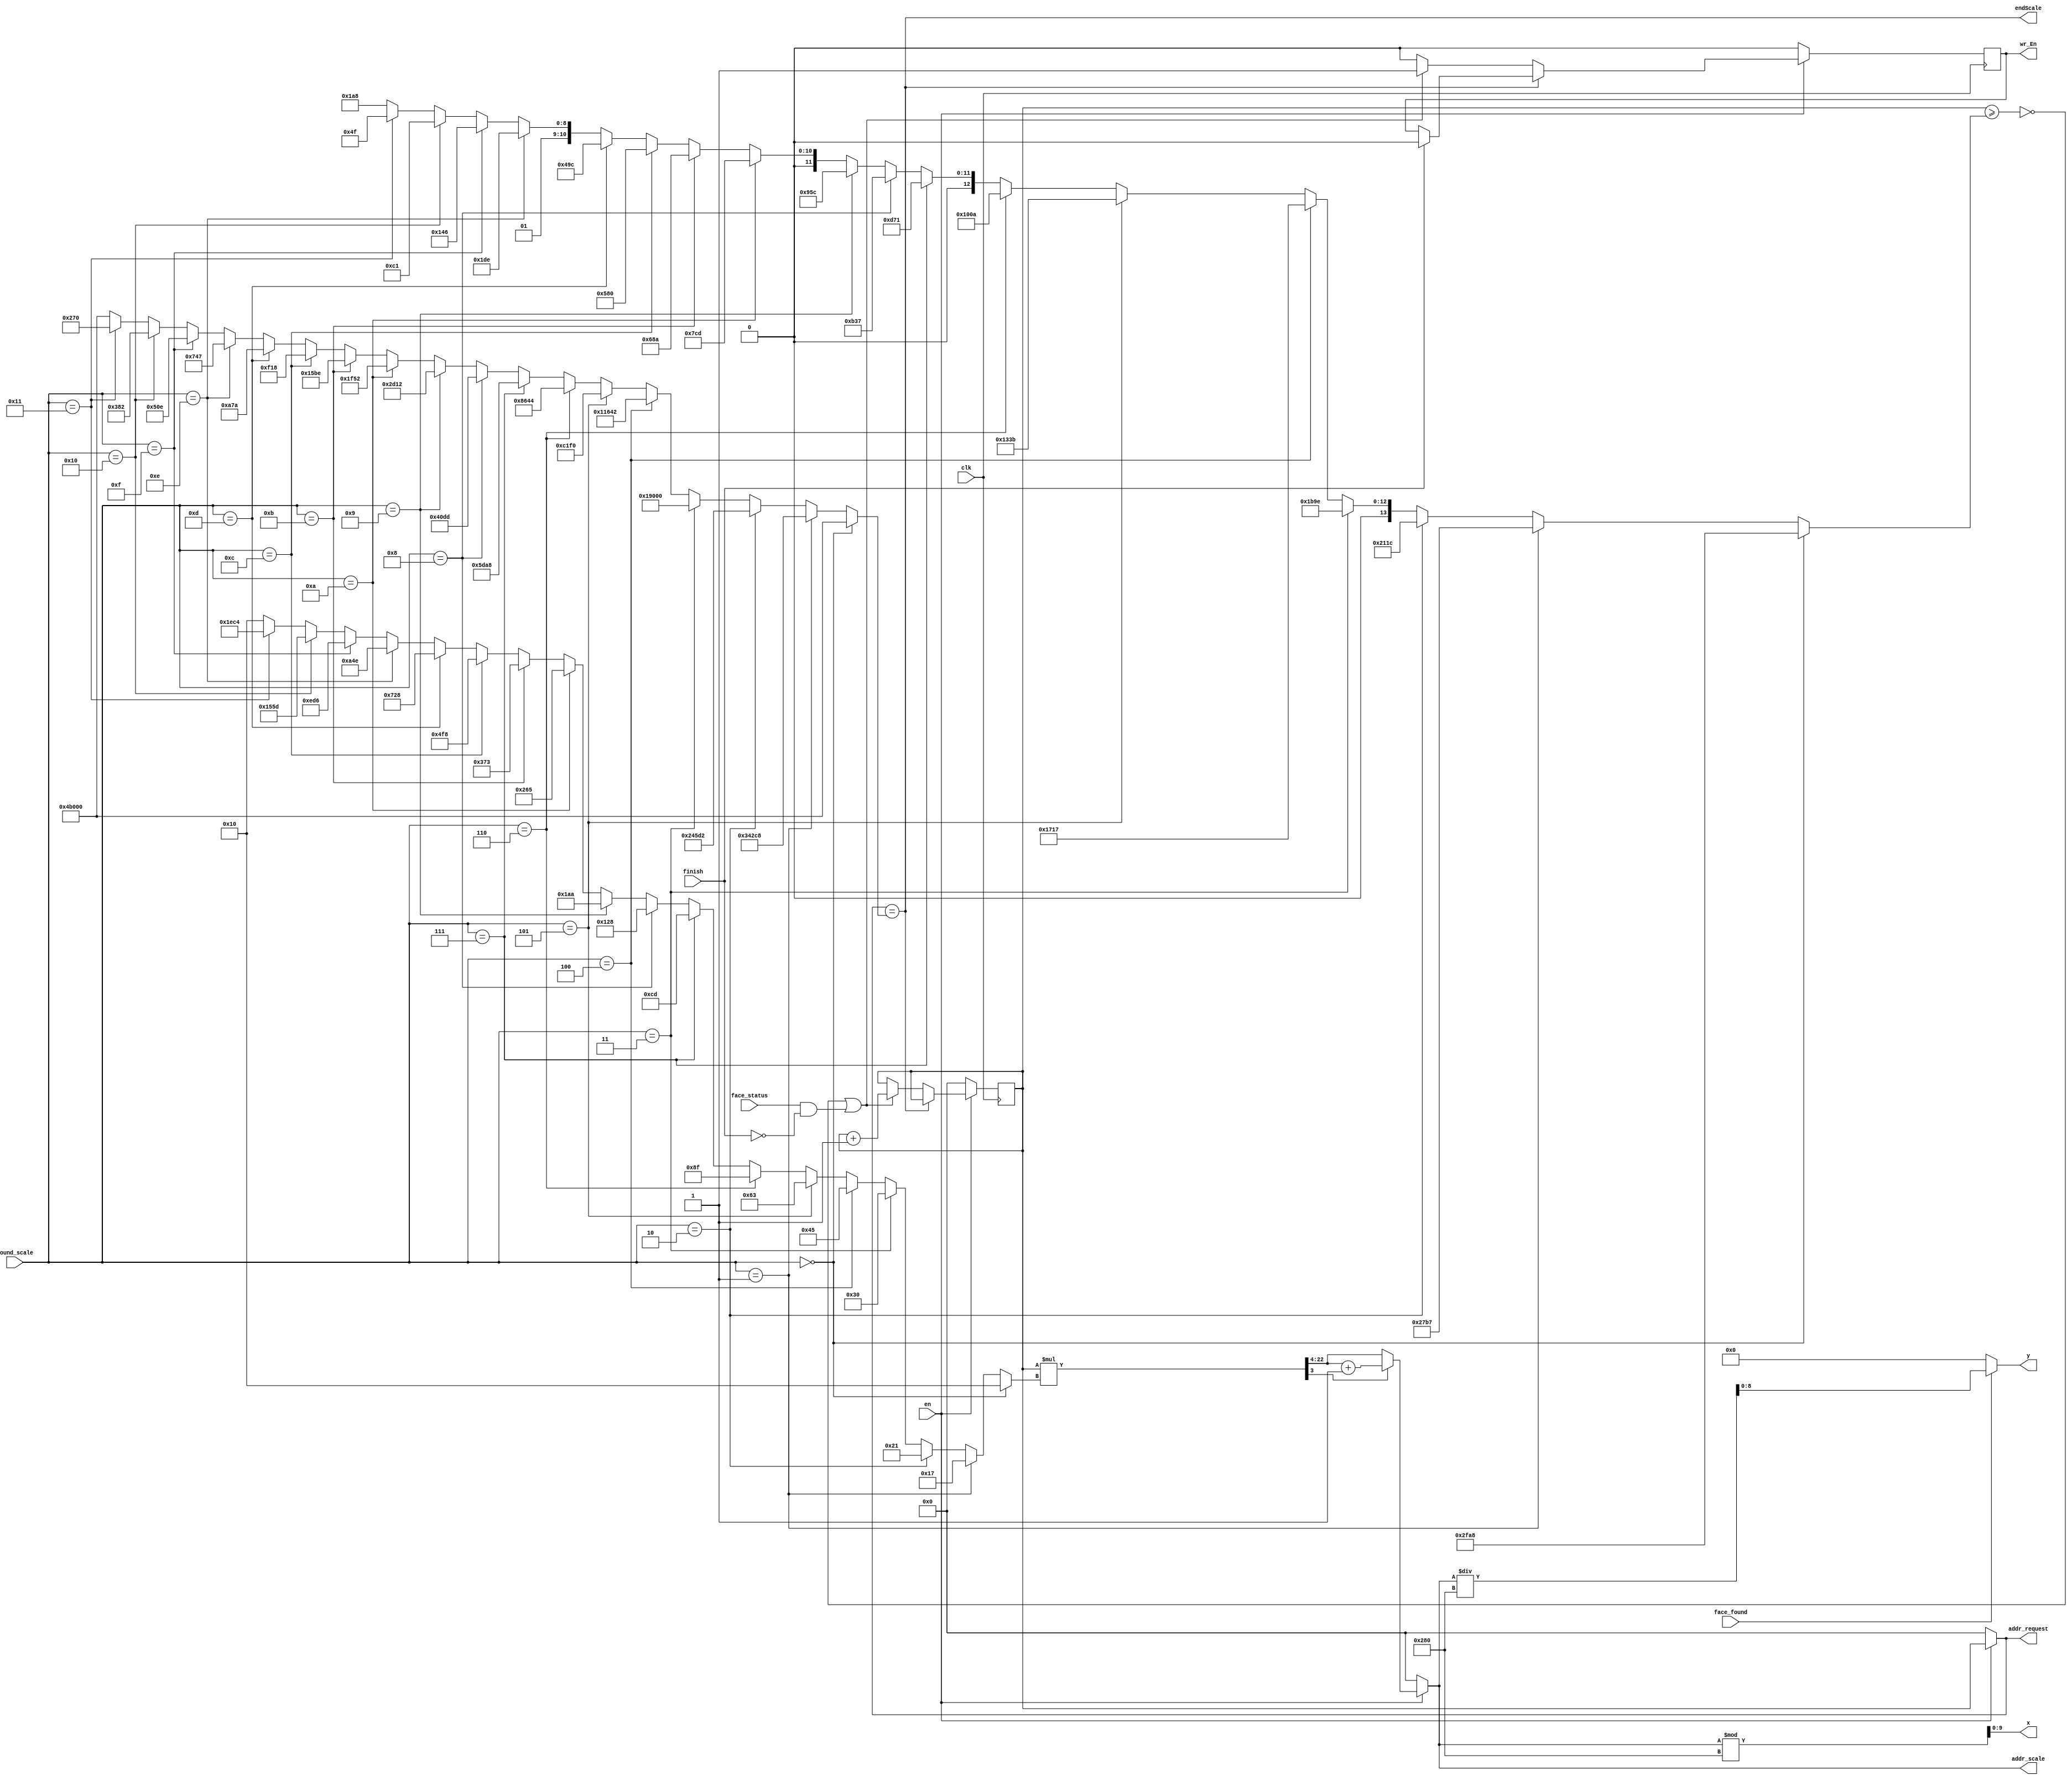
module ImageScaler(
  clk,
  en,
  finish,
  round_scale,
  face_found,
  face_status,
  addr_request,
  addr_scale,
  endScale,
  x,
  y,
  wr_En
);
  input   clk;
  input   en;
  input   finish;
  input   [4:0]  round_scale;
  input   face_found;
  input   face_status;
  output  [18:0] addr_request;
  output  [18:0] addr_scale;
  output  endScale;
  output  [9:0 ]x;
  output  [8:0] y;
  output reg wr_En;
  
  wire  [12:0] scale_factor;
  wire  limit;
  wire  [18:0] limit_addr_request;
  wire  [13:0] L;
  wire  buffer_full;
  
  assign limit = (addr_request==limit_addr_request);
  assign endScale = limit;
  assign scale_factor = (round_scale==5'd0)?  13'd16:        //1.2^0
                        (round_scale==5'd1)?  13'd23:        //1.2^1
                        (round_scale==5'd2)?  13'd33:        //1.2^2
                        (round_scale==5'd3)?  13'd48:        //1.2^3
                        (round_scale==5'd4)?  13'd69:        //1.2^4
                        (round_scale==5'd5)?  13'd99:        //1.2^5
                        (round_scale==5'd6)?  13'd143:        //1.2^6
                        (round_scale==5'd7)?  13'd205:        //1.2^7
                        (round_scale==5'd8)?  13'd296:        //1.2^8
                        (round_scale==5'd9)?  13'd426:        //1.2^9
                        (round_scale==5'd10)? 13'd613:        //1.2^10
                        (round_scale==5'd11)? 13'd883:       //1.2^11
                        (round_scale==5'd12)? 13'd1272:       //1.2^12
                        (round_scale==5'd13)? 13'd1832:       //1.2^13
                        (round_scale==5'd14)? 13'd2638:       //1.2^14
                        (round_scale==5'd15)? 13'd3798:       //1.2^15
                        (round_scale==5'd16)? 13'd5469:       //1.2^16
                        (round_scale==5'd17)? 13'd7876:13'd16; //1.2^17
              

  assign limit_addr_request = (round_scale==5'd0)?  19'd307200:         //1.2^0
                              (round_scale==5'd1)?  19'd213704:         //1.2^1
                              (round_scale==5'd2)?  19'd148946:         //1.2^2
                              (round_scale==5'd3)?  19'd102400:         //1.2^3
                              (round_scale==5'd4)?  19'd71234:          //1.2^4
                              (round_scale==5'd5)?  19'd49648:          //1.2^5
                              (round_scale==5'd6)?  19'd34372:          //1.2^6
                              (round_scale==5'd7)?  19'd23976:          //1.2^7
                              (round_scale==5'd8)?  19'd16605:          //1.2^8
                              (round_scale==5'd9)? 19'd11538:           //1.2^9
                              (round_scale==5'd10)? 19'd8018:           //1.2^10
                              (round_scale==5'd11)? 19'd5566:           //1.2^11
                              (round_scale==5'd12)? 19'd3864:           //1.2^12
                              (round_scale==5'd13)? 19'd2682:           //1.2^13
                              (round_scale==5'd14)? 19'd1863:           //1.2^14
                              (round_scale==5'd15)? 19'd1294:           //1.2^15
                              (round_scale==5'd16)? 19'd898:            //1.2^16
                              (round_scale==5'd17)? 19'd624:19'd307200; //1.2^17
  
  assign L                  = (round_scale==5'd0)?  14'd12200:         //1.2^0
                              (round_scale==5'd1)?  14'd10167:         //1.2^1
                              (round_scale==5'd2)?  14'd8476:         //1.2^2
                              (round_scale==5'd3)?  14'd7070:         //1.2^3
                              (round_scale==5'd4)?  14'd5911:          //1.2^4
                              (round_scale==5'd5)?  14'd4923:          //1.2^5
                              (round_scale==5'd6)?  14'd4106:          //1.2^6
                              (round_scale==5'd7)?  14'd3441:          //1.2^7
                              (round_scale==5'd8)?  14'd2871:          //1.2^8
                              (round_scale==5'd9)?  14'd2396:           //1.2^9
                              (round_scale==5'd10)? 14'd1997:           //1.2^10
                              (round_scale==5'd11)? 14'd1674:           //1.2^11
                              (round_scale==5'd12)? 14'd1408:           //1.2^12
                              (round_scale==5'd13)? 14'd1180:           //1.2^13
                              (round_scale==5'd14)? 14'd990:           //1.2^14
                              (round_scale==5'd15)? 14'd838:           //1.2^15
                              (round_scale==5'd16)? 14'd705:            //1.2^16
                              (round_scale==5'd17)? 14'd591:10'd12200; //1.2^17
 

                  
  wire [27:0] temp_mult;
  wire [18:0] temp_addr_scale;
  
  reg [18:0] addr;
  reg [18:0] temp_addr;
  
  assign buffer_full = (addr >= L);
  assign temp_mult = addr*scale_factor;
  assign temp_addr_scale = temp_mult>>4;
  
  assign addr_request = en? addr : 19'd0;
  assign addr_scale = en? (temp_mult[3]? temp_addr_scale+19'd1:temp_addr_scale): 19'd0;
  
  assign x = addr_scale%10'd640;
  assign y = face_found? addr_scale/10'd640:9'd0;
  
  always@(posedge clk) begin
    if(!en) begin
      addr <= 0;
      wr_En <= 0;
    end
    else begin
      if(!limit) begin
        if(!buffer_full | (face_status & !finish)) begin
          addr <= addr + 19'd1;
          wr_En <= 1'd1;
        end
        else 
          wr_En <= 0;
      end
      else begin
        if (finish)
          wr_En <= 0;
      end
    end
  end
  
endmodule